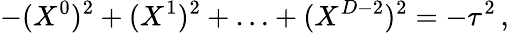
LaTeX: -(X^{0})^{2}+(X^{1})^{2}+\ldots+(X^{D-2})^{2}=-\tau^{2}\, ,